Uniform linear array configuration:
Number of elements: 4
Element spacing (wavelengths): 0.75
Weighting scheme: cosine
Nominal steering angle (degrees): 60
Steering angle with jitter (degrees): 58.478
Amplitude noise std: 0.05
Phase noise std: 0.05

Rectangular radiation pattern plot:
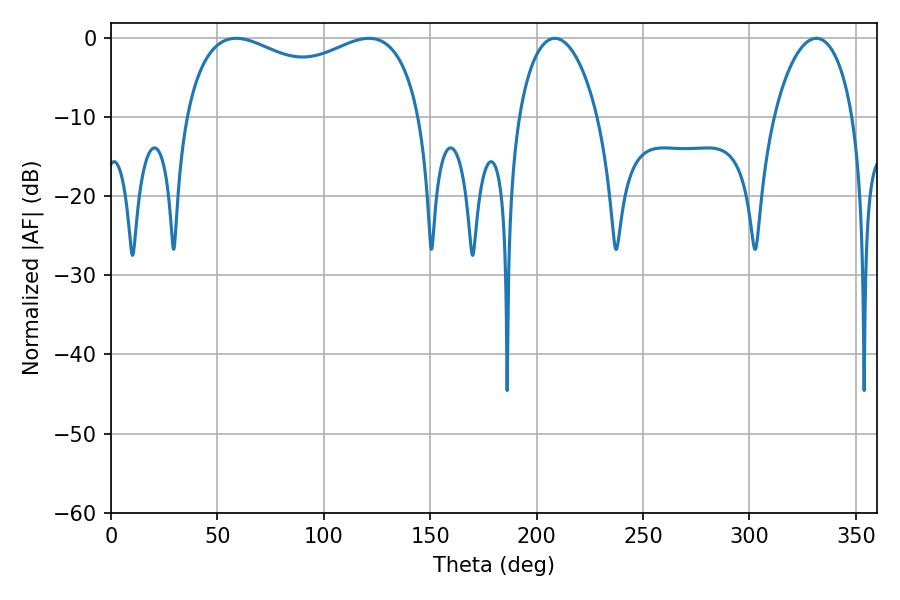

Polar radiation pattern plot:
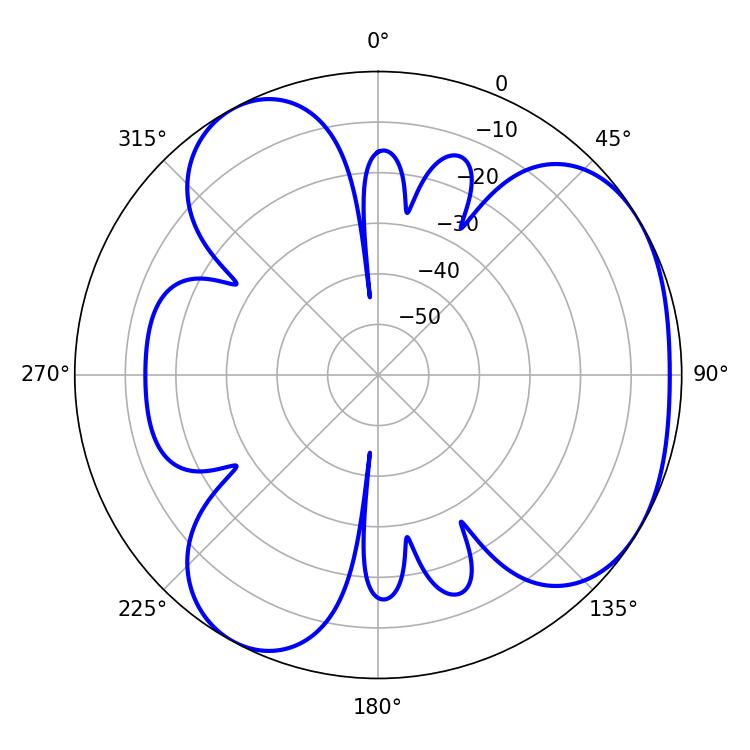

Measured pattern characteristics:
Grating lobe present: TRUE
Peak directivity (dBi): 4.095
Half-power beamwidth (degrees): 91.8
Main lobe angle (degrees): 58.86